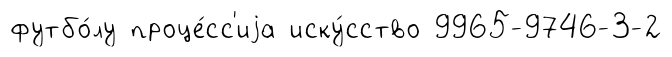
футбо́лу проце́сс'иjа иску́сство 9965-9746-3-2